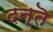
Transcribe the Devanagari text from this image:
दन्तॆ